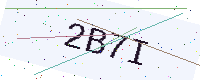
Text: 2B7I